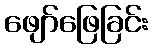
ဖျော်ဖြေခြင်း